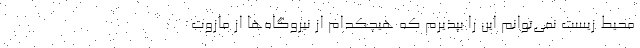
محیط زیست نمی‌توانم این را بپذیرم که هیچکدام از نیروگاه‌ها از مازوت